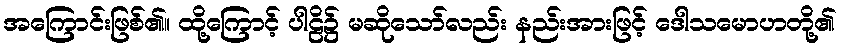
အကြောင်းဖြစ်၏။ ထို့ကြောင့် ပါဠိ၌ မဆိုသော်လည်း နည်းအားဖြင့် ဒေါသမောဟတို့၏